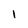
Character: 1